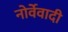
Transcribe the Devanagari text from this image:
नोर्वेवादी